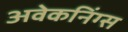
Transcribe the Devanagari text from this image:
अवेकनिंग्स